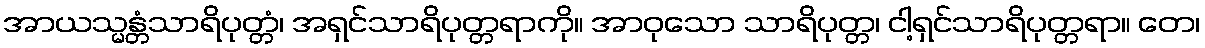
အာယသ္မန္တံသာရိပုတ္တံ၊ အရှင်သာရိပုတ္တရာကို။ အာဝုသော သာရိပုတ္တ၊ ငါ့ရှင်သာရိပုတ္တရာ။ တေ၊